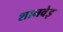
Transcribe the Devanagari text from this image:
शानवेइ